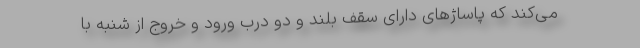
می‌کند که پاساژهای دارای سقف بلند و دو درب ورود و خروج از شنبه با